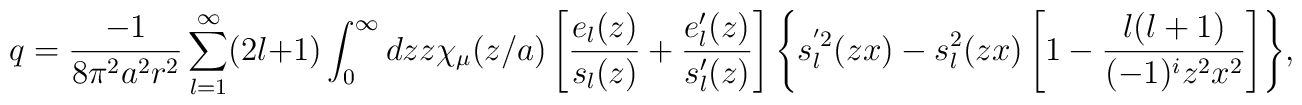
q=\frac{-1}{8\pi ^2a^2r^2}\sum_{l=1}^{\infty}(2l+1)\int_{0}^{\infty}{dzz\chi _\mu (z/a) \left[ \frac{e_l(z)}{s_l(z)}+\frac{e'_l(z)}{s'_l(z)}\right] \left\{ s_l^{'2}(zx)-s_l^{2}(zx)\left[ 1-\frac{l(l+1)}{(-1)^iz^2x^2}\right] \right\} },